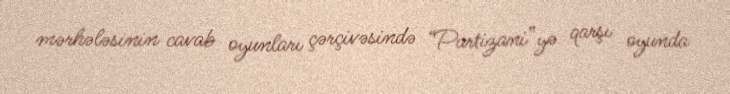
mərhələsinin cavab oyunları çərçivəsində “Partizani”yə qarşı oyunda